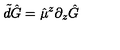
\tilde { d } \hat { G } = \hat { \mu } ^ { z } \partial _ { z } \hat { G }